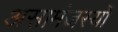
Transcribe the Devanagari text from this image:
असामंजस्यों